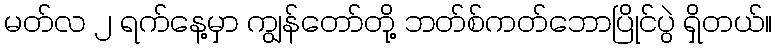
မတ်လ ၂ ရက်နေ့မှာ ကျွန်တော်တို့ ဘတ်စ်ကတ်ဘောပြိုင်ပွဲ ရှိတယ်။